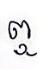
ឮ